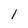
Character: 1